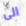
الى